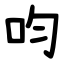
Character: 呁